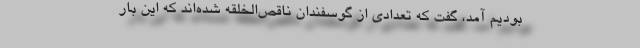
بودیم آمد، گفت که تعدادی از گوسفندان ناقص‌الخلقه شده‌اند که این بار